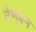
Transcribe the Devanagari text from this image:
वेणुबन